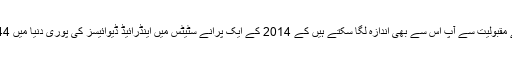
اینڈرائیڈ ڈیوائیسز کے مقبولیت سے آپ اس سے بھی اندازہ لگا سکتے ہیں کے 2014 کے ایک پرانے سٹیٹس میں اینڈرائیڈ ڈیوائیسز کی پوری دنیا میں 44٪ شیپمنٹ ہوئی ہے۔